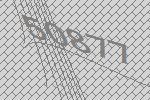
50877